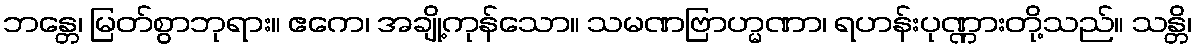
ဘန္တေ၊ မြတ်စွာဘုရား။ ဧကေ၊ အချို့ကုန်သော။ သမဏဗြာဟ္မဏာ၊ ရဟန်းပုဏ္ဏားတို့သည်။ သန္တိ၊